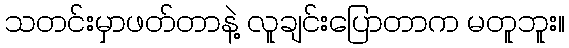
သတင်းမှာဖတ်တာနဲ့ လူချင်းပြောတာက မတူဘူး။